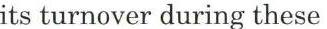
its turnover during these